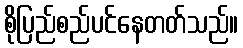
စိုပြည်စည်ပင်နေတတ်သည်။